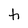
Character: h